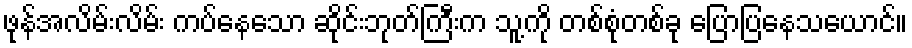
ဖုန်အလိမ်းလိမ်း ကပ်နေသော ဆိုင်းဘုတ်ကြီးက သူ့ကို တစ်စုံတစ်ခု ပြောပြနေသယောင်။